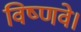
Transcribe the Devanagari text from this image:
विष्णवे।